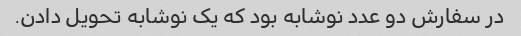
در سفارش دو عدد نوشابه بود که یک نوشابه تحویل دادن.